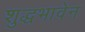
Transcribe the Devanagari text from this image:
शुद्धभावेन